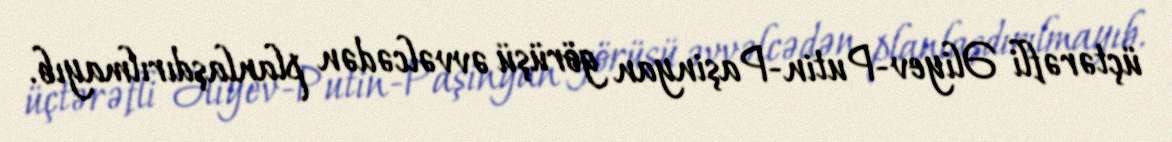
üçtərəfli Əliyev-Putin-Paşinyan görüşü əvvəlcədən planlaşdırılmayıb.